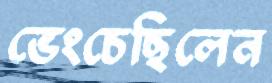
ভেংচেছিলেন